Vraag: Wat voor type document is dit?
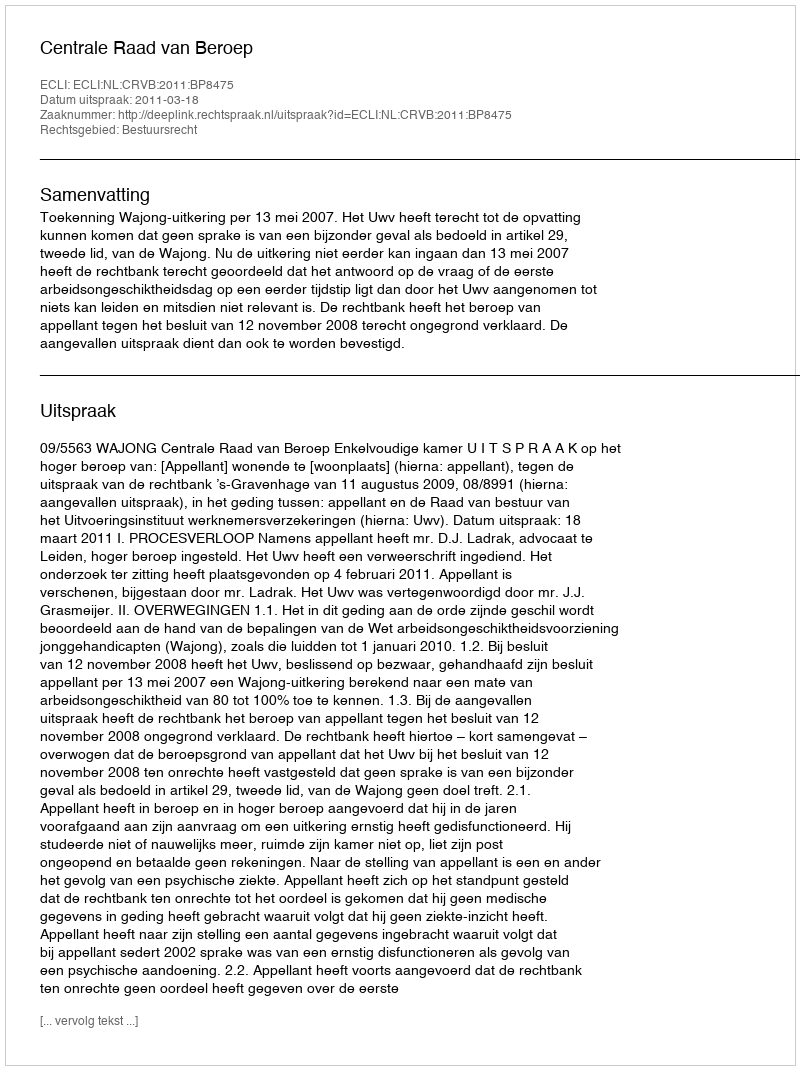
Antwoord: Uitspraak